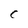
Character: C